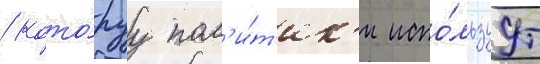
/ кото́руу пол'и́т'ик'и испо́льзуут